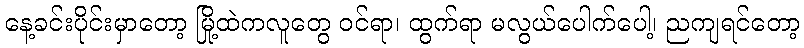
နေ့ခင်းပိုင်းမှာတော့ မြို့ထဲကလူတွေ ဝင်ရာ၊ ထွက်ရာ မလွယ်ပေါက်ပေါ့၊ ညကျရင်တော့